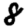
Digit: 8